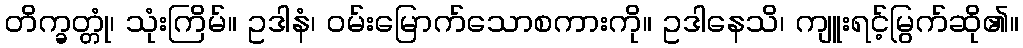
တိက္ခတ္တုံ၊ သုံးကြိမ်။ ဥဒါနံ၊ ဝမ်းမြောက်သောစကားကို။ ဥဒါနေသိ၊ ကျူးရင့်မြွက်ဆို၏။